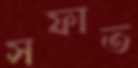
সফাত